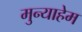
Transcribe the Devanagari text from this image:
मुन्याहेम